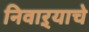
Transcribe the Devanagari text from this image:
निवाऱ्याचे